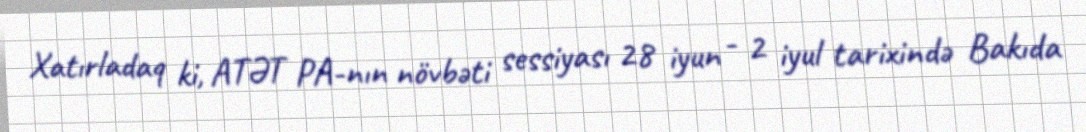
Xatırladaq ki, ATƏT PA-nın növbəti sessiyası 28 iyun - 2 iyul tarixində Bakıda